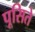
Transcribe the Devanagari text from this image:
पूसिते